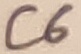
Text: C6